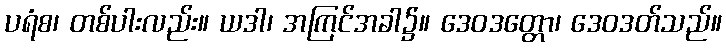
ပရံစ၊ တစ်ပါးလည်း။ ယဒါ၊ အကြင်အခါ၌။ ဒေဝဒတ္တော၊ ဒေဝဒတ်သည်။